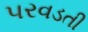
પરવડતી